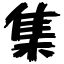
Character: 集